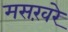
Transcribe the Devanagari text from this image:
मसख़रे